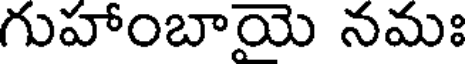
గుహాంబాయె నమః